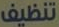
تنظيف